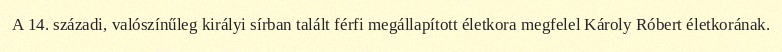
A 14. századi, valószínűleg királyi sírban talált férfi megállapított életkora megfelel Károly Róbert életkorának.